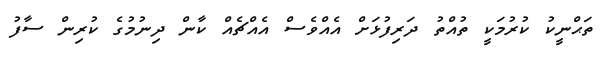
ތަޙްނީކު ކުރުމަކީ ތުއްތު ދަރިފުޅަށް އެއްވެސް އެއްޗެއް ކާން ދިނުމުގެ ކުރިން ސާފު